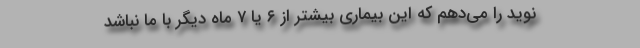
نوید را می‌دهم که این بیماری بیشتر از ۶ یا ۷ ماه دیگر با ما نباشد